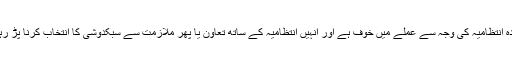
موجودہ انتظامیہ کی وجہ سے عملے میں خوف ہے اور انہیں انتظامیہ کے ساتھ تعاون یا پھر ملازمت سے سبکدوشی کا انتخاب کرنا پڑ رہا ہے۔